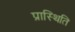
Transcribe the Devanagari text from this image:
प्रास्थिति